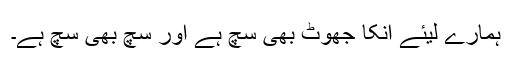
ہمارے لیئے اُنکا جھوٹ بھی سچ ہے اور سچ بھی سچ ہے۔